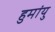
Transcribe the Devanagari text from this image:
हुमांयु